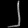
Digit: ၂